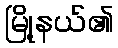
မြို့နယ်၏